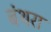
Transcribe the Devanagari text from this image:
बंथरा